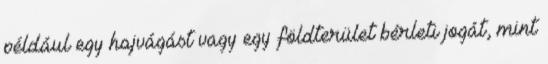
például egy hajvágást vagy egy földterület bérleti jogát, mint